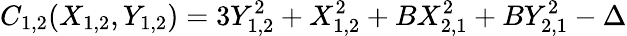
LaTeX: C_{1,2}(X_{1,2},Y_{1,2})=3Y_{1,2}^{2}+X_{1,2}^{2}+BX_{2,1}^{2}+BY_{2,1}^{2}-\Delta